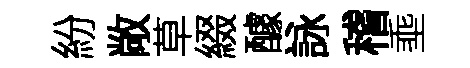
紛敞草綴醵詠稽埀